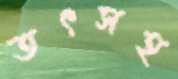
তৎসহ